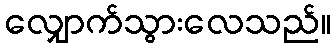
လျှောက်သွားလေသည်။